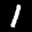
Label: 1